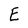
Character: E